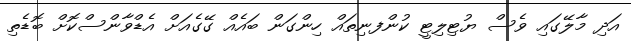
އަދި މާލޭގައި ވެސް ޔުޓިލިޓީ ކުންފނިތައް ހިންގަން ބައެއް ގޭގެއަށް އެޑްވާންސްކޮށް ބޮޑެތި